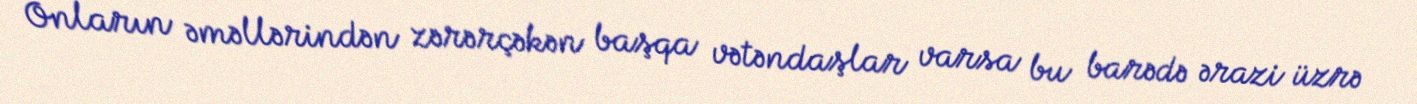
Onların əməllərindən zərərçəkən başqa vətəndaşlar varsa bu barədə ərazi üzrə